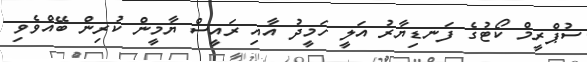
ސުޕްރީމް ކޯޓުގެ ފަނޑިޔާރު އަލީ ހަމީދު އާއި ރައީސް ޔާމީން ކުރިން ބޭއްވެވި